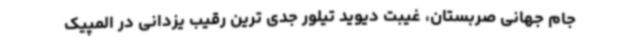
جام جهانی صربستان، غیبت دیوید تیلور جدی ترین رقیب یزدانی در المپیک